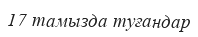
17 тамызда туғандар